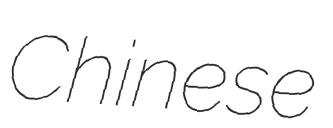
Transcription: Chinese